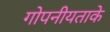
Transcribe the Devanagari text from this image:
गोपनीयताके